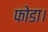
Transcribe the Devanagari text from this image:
फोडा।